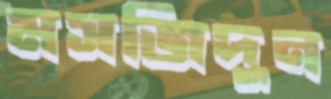
মসজিদুন